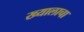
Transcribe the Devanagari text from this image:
ख्यालाचा